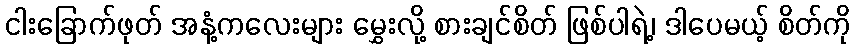
ငါးခြောက်ဖုတ် အနံ့ကလေးများ မွှေးလို့ စားချင်စိတ် ဖြစ်ပါရဲ့၊ ဒါပေမယ့် စိတ်ကို